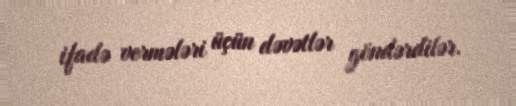
ifadə vermələri üçün dəvətlər göndərdilər.